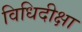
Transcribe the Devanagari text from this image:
विधिदीक्षा